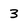
Character: 3